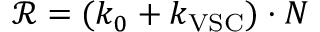
\mathcal { R } = ( k _ { 0 } + k _ { \mathrm { V S C } } ) \cdot N